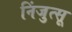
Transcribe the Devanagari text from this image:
निंजुत्सू